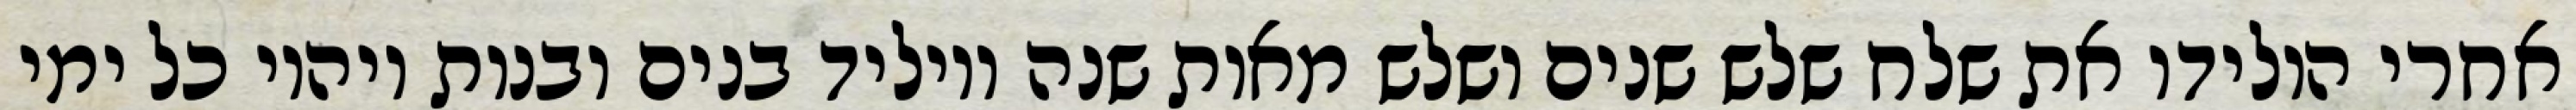
אחרי הולידו את שלח שלש שנים ושלש מאות שנה ויוליד בנים ובנות ויהיו כל ימי